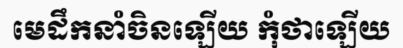
មេដឹកនាំចិនឡើយ កុំថាឡើយ